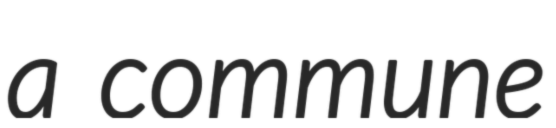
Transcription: a commune